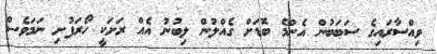
ވިއްސާރައިގެ ސަބަބުން އެންމެ ބޮޑަށް ގެއްލުން ލިބުނު އެއް ރަށަކީ ހޯރަފުށި ނަމަވެސް